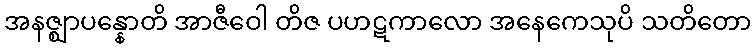
အနဇ္ဈာပန္နောတိ အာဇီဝေါ တိဇ ပဟဋကာလော အနေကေသုပိ သတိတော